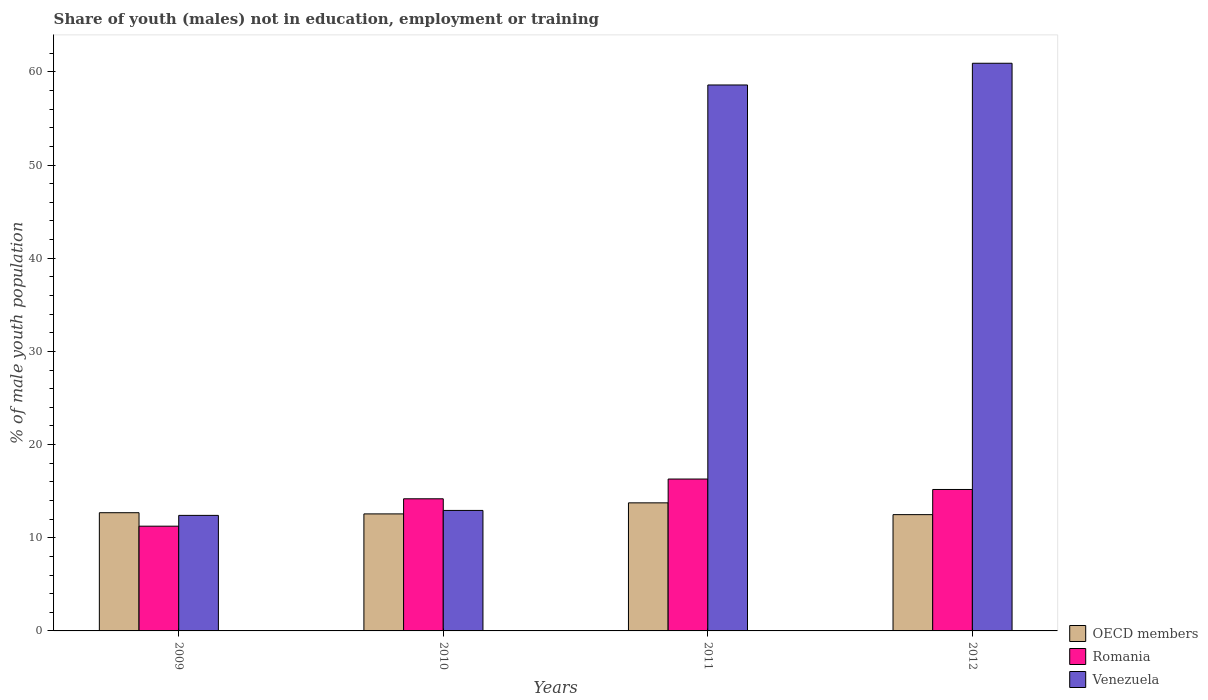
| Years | OECD members | Romania | Venezuela |
 | --- | --- | --- | --- |
 | 2009 | 12.7 | 11.2 | 12.4 |
 | 2010 | 12.6 | 14.2 | 12.9 |
 | 2011 | 13.7 | 16.3 | 58.6 |
 | 2012 | 12.5 | 15.2 | 60.9 |